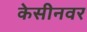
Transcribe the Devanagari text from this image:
केसीनवर